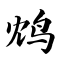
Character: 鸩